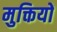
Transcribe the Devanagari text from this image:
मुक्तियों